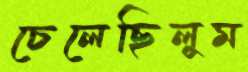
চেলেছিলুম